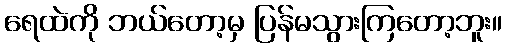
ရေထဲကို ဘယ်တော့မှ ပြန်မသွားကြတော့ဘူး။